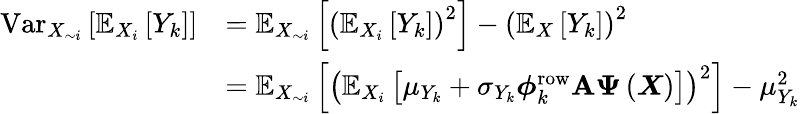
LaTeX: \begin{array}{rl}{\operatorname{Var}_{X_{\sim i}}\left[\mathbb{E}_{X_{i}}\left[Y_{k}\right]\right]}&{=\mathbb{E}_{X_{\sim i}}\left[\left(\mathbb{E}_{X_{i}}\left[Y_{k}\right]\right)^{2}\right]-\left(\mathbb{E}_{X}\left[Y_{k}\right]\right)^{2}}\\ &{=\mathbb{E}_{X_{\sim i}}\left[\left(\mathbb{E}_{X_{i}}\left[\mu_{Y_{k}}+\sigma_{Y_{k}}\boldsymbol{\phi}_{k}^{\mathrm{row}}\mathbf{A}\boldsymbol{\Psi}\left(\boldsymbol{X}\right)\right]\right)^{2}\right]-\mu_{Y_{k}}^{2}}\end{array}